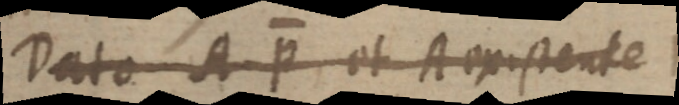
Dato A P et A existente